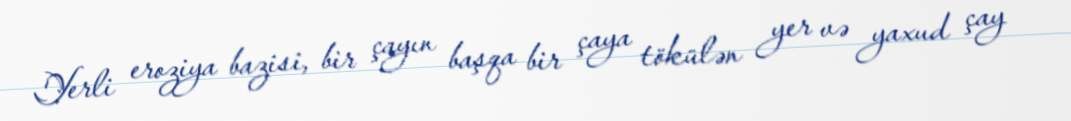
Yerli eroziya bazisi, bir çayın başqa bir çaya tökülən yer və yaxud çay